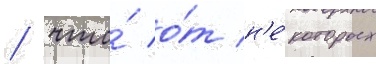
/ что́ о́т н'е́которых